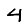
Digit: 4